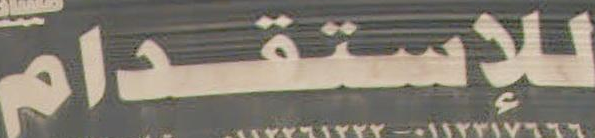
للإستقدام